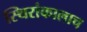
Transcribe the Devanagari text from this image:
स्थिरांकालाच